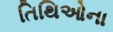
તિથિઓના